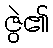
ဇွဲ၏